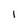
Character: 1